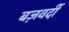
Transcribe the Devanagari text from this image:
बज़वर्दी